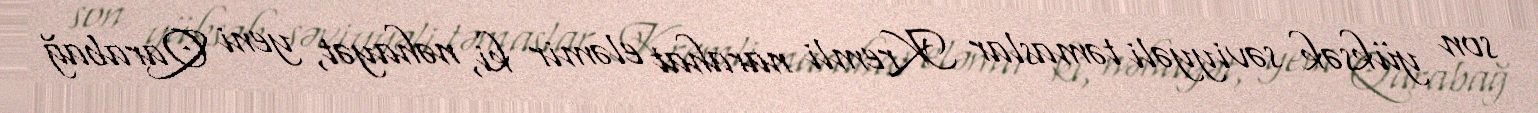
son yüksək səviyyəli təmaslar Kremli narahat eləmir ki, nəhayət, yeni Qarabağ